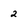
Character: 2